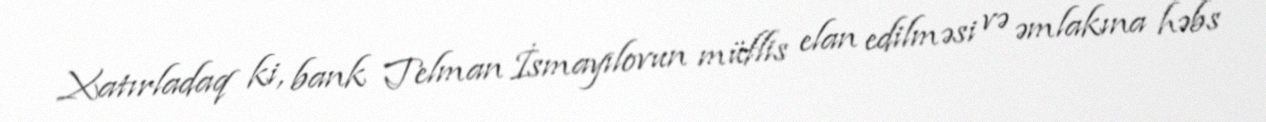
Xatırladaq ki, bank Telman İsmayılovun müflis elan edilməsi və əmlakına həbs